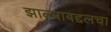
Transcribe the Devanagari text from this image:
झाल्याबद्दलचा